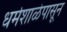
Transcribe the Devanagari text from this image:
धर्मशाळेपासून